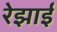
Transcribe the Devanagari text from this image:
रेझाई